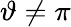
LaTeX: \vartheta\neq\pi